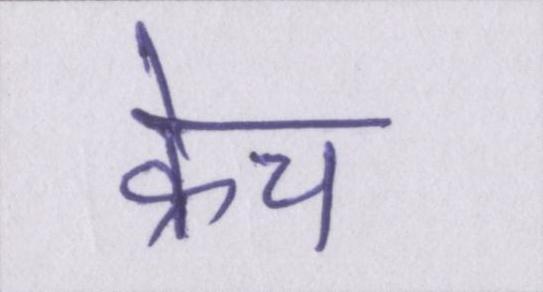
क्रेच